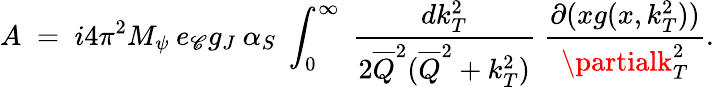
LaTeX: A\; =\; i4\pi^{2}M_{\psi}\: e_{\mathscr{C}}g_{J}\: \alpha_{S}\; \int_{0}^{\infty}\; \frac{{dk_{T}^{2}}}{{2\overline{{{{Q}}}}^{2}(\overline{{{{Q}}}}^{2}+k_{T}^{2})}}\; \frac{{\partial(xg(x,k_{T}^{2}))}}{{\partialk_{T}^{2}}}.